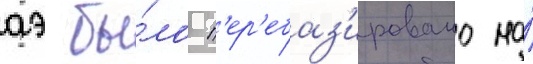
аэ бы́ло п'ер'ебаз'ировано на́